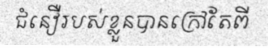
ជំនឿរបស់ខ្លួនបានក្រៅតែពី